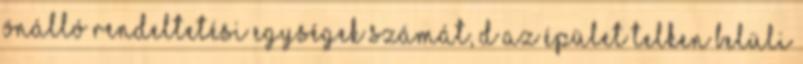
önálló rendeltetési egységek számát, d az épület telken belüli